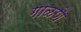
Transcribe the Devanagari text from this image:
गाळणे